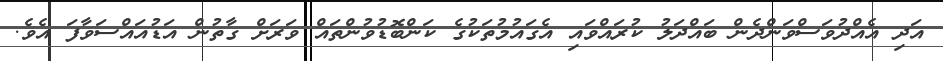
އަދި އެއްދުވަސްވަންދެން ބައްދަލު ކުރައްވައި އެގައުމުތަކުގެ ކަންބޮޑުވުންތައް ވަރަށް ގާތުން އަޑުއައްސަވާފަ އެވެ.